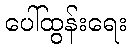
ပေါ်ထွန်းရေး